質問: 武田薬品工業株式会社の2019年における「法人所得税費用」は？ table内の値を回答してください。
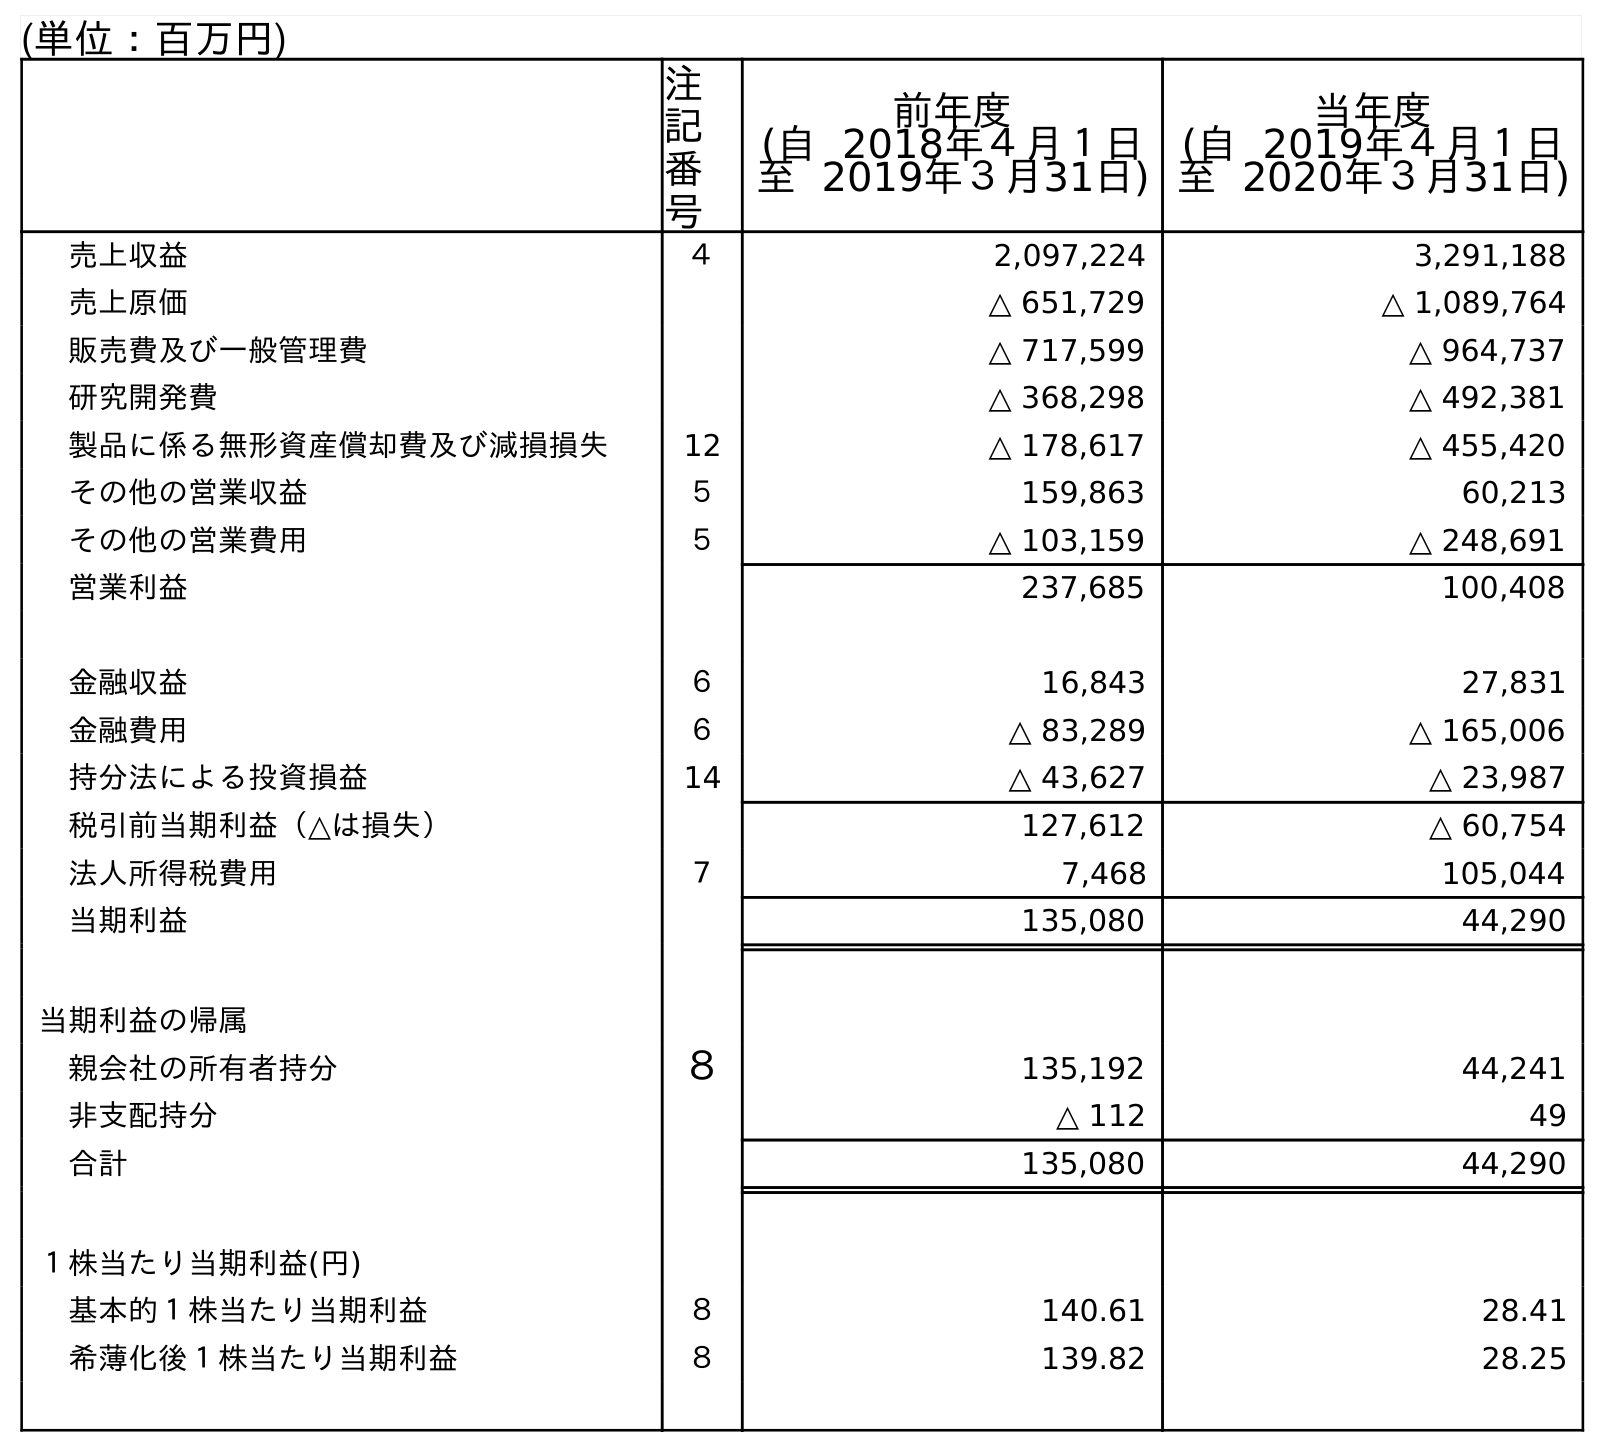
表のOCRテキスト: (単位：百万円) 注 記 番 号 前年度 (自 2018年４月１日 至 2019年３月31日) 当年度 (自 2019年４月１日 至 2020年３月31日) 売上収益 ４ 2,097,224 3,291,188 売上原価 △ 651,729 △ 1,089,764 販売費及び一般管理費 △ 717,599 △ 964,737 研究開発費 △ 368,298 △ 492,381 製品に係る無形資産償却費及び減損損失 12 △ 178,617 △ 455,420 その他の営業収益 ５ 159,863 60,213 その他の営業費用 ５ △ 103,159 △ 248,691 営業利益 237,685 100,408 金融収益 ６ 16,843 27,831 金融費用 ６ △ 83,289 △ 165,006 持分法による投資損益 14 △ 43,627 △ 23,987 税引前当期利益（△は損失） 127,612 △ 60,754 法人所得税費用 ７ 7,468 105,044 当期利益 135,080 44,290 当期利益の帰属 親会社の所有者持分 ８ 135,192 44,241 非支配持分 △ 112 49 合計 135,080 44,290 １株当たり当期利益(円) 基本的１株当たり当期利益 ８ 140.61 28.41 希薄化後１株当たり当期利益 ８ 139.82 28.25
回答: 7,468